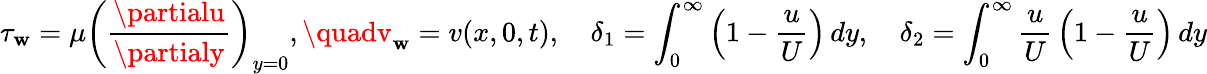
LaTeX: \tau_{\mathbf{w}}=\mu\left({\frac{{\partialu}}{{\partialy}}}\right)_{y=0},\quadv_{\mathbf{w}}=v(x,0,t),\quad\delta_{1}=\int_{0}^{\infty}\left(1-{\frac{{u}}{{U}}}\right)\, dy,\quad\delta_{2}=\int_{0}^{\infty}{\frac{{u}}{{U}}}\left(1-{\frac{{u}}{{U}}}\right)\, dy